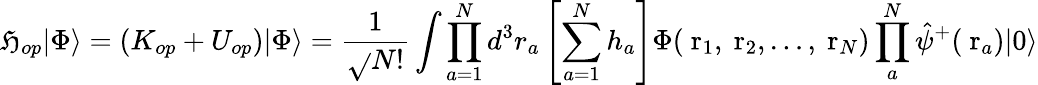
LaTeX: \mathfrak{H}_{op}|\Phi\rangle=(K_{op}+U_{op})|\Phi\rangle=\frac{{1}}{{\sqrt{}{{N!}}}}\int\prod_{a=1}^{N}d^{3}r_{a}\left[\sum_{a=1}^{N}h_{a}\right]\Phi(\mathrm{{\mathbf{~}r}}_{1},\mathrm{{\mathbf{~}r}}_{2},\dots,\mathrm{{\mathbf{~}r}}_{N})\prod_{a}^{N}\hat{{\psi}}^{+}(\mathrm{{\mathbf{~}r}}_{a})|0\rangle